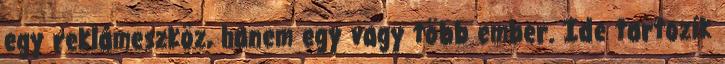
egy reklámeszköz, hanem egy vagy több ember. Ide tartozik